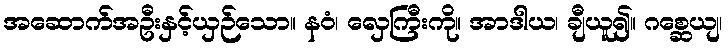
အဆောက်အဦးနှင့်ယှဉ်သော။ နဝံ၊ လှေကြီးကို။ အာဒါယ၊ ချီယူ၍။ ဂစ္ဆေယျ၊